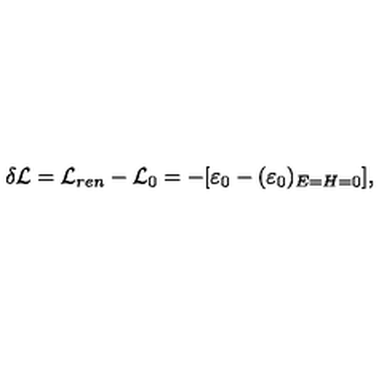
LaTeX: \delta { \cal L } = { \cal L } _ { r e n } - { \cal L } _ { 0 } = - [ \varepsilon _ { 0 } - ( \varepsilon _ { 0 } ) _ { E = H = 0 } ] ,